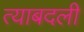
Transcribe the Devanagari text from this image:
त्याबदली